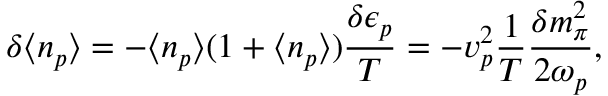
\delta \langle { n _ { p } } \rangle = - \langle { n _ { p } } \rangle ( 1 + \langle { n _ { p } } \rangle ) { \frac { \delta \epsilon _ { p } } { T } } = - { v } _ { p } ^ { 2 } { \frac { 1 } { T } } { \frac { \delta m _ { \pi } ^ { 2 } } { 2 \omega _ { p } } } ,